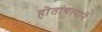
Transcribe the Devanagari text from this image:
होतांचत्यानें